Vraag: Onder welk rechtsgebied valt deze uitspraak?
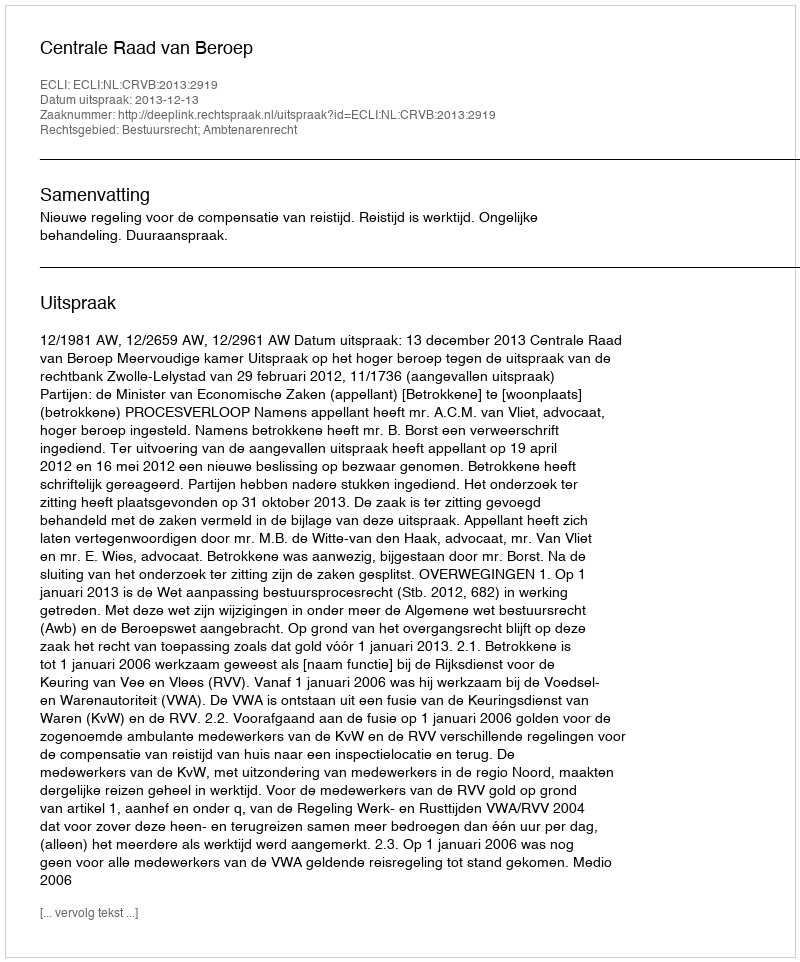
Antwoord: Bestuursrecht; Ambtenarenrecht